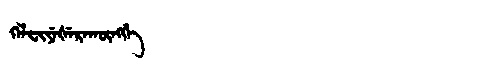
Manchu: ᡴᡝᠯᠸᡳᠶᡝᡧᡝᡵᠠᡴᡡᠩᡤᡝ
Romanization: KELFIYEŠERAKŪNGGE